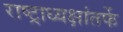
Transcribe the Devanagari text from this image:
राष्ट्राध्यक्षांतर्फे